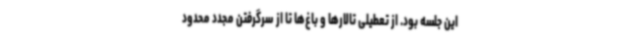
این جلسه بود. از تعطیلی تالارها و باغ‌ها تا از سرگرفتن مجدد محدود